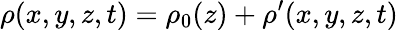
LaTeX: \rho(x,y,z,t)=\rho_{0}(z)+\rho^{\prime}(x,y,z,t)